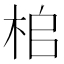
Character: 桘